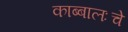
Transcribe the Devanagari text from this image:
काब्बालःचे